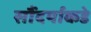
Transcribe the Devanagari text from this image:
सौंदर्याकडे